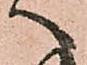
へ